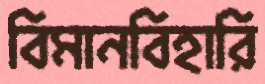
বিমানবিহারি